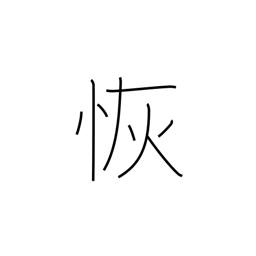
Meaning: wide